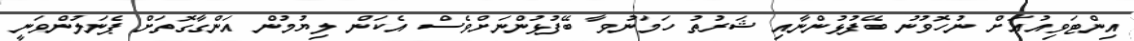
އިންޓަވިއުއަށް ނުހޮވުނު ބޭފުޅުންނާއި ޝަރުތު ހަމަނުވާ ބޭފުޅުންނަށްވެސް އެކަން ލިޔުމުން އަންގާގޮތަށް ޕެނަލުންވަނީ